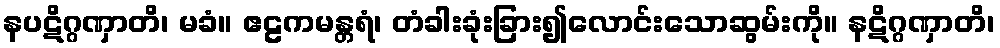
နပဋိဂ္ဂဏှာတိ၊ မခံ။ ဧဠကမန္တရံ၊ တံခါးခုံးခြား၍လောင်းသောဆွမ်းကို။ နဋိဂ္ဂဏှာတိ၊